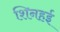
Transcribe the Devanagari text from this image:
शिनहई